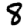
Digit: 8